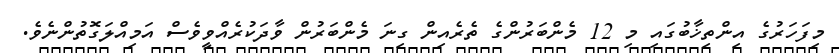
މިފަހަރުގެ އިންތިޚާބުގައި މި 12 މެންބަރުންގެ ތެރެއިން ގިނަ މެންބަރުން ވާދަކުރެއްވީވެސް އަމިއްލަގޮތުންނެވެ.